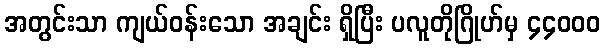
အတွင်းသာ ကျယ်ဝန်းသော အချင်း ရှိပြီး ပလူတိုဂြိုဟ်မှ ၄၄၀၀၀